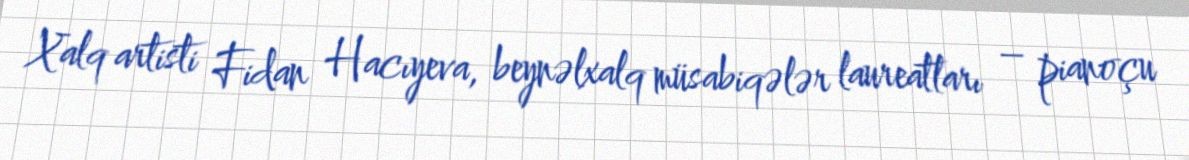
Xalq artisti Fidan Hacıyeva, beynəlxalq müsabiqələr laureatları – pianoçu